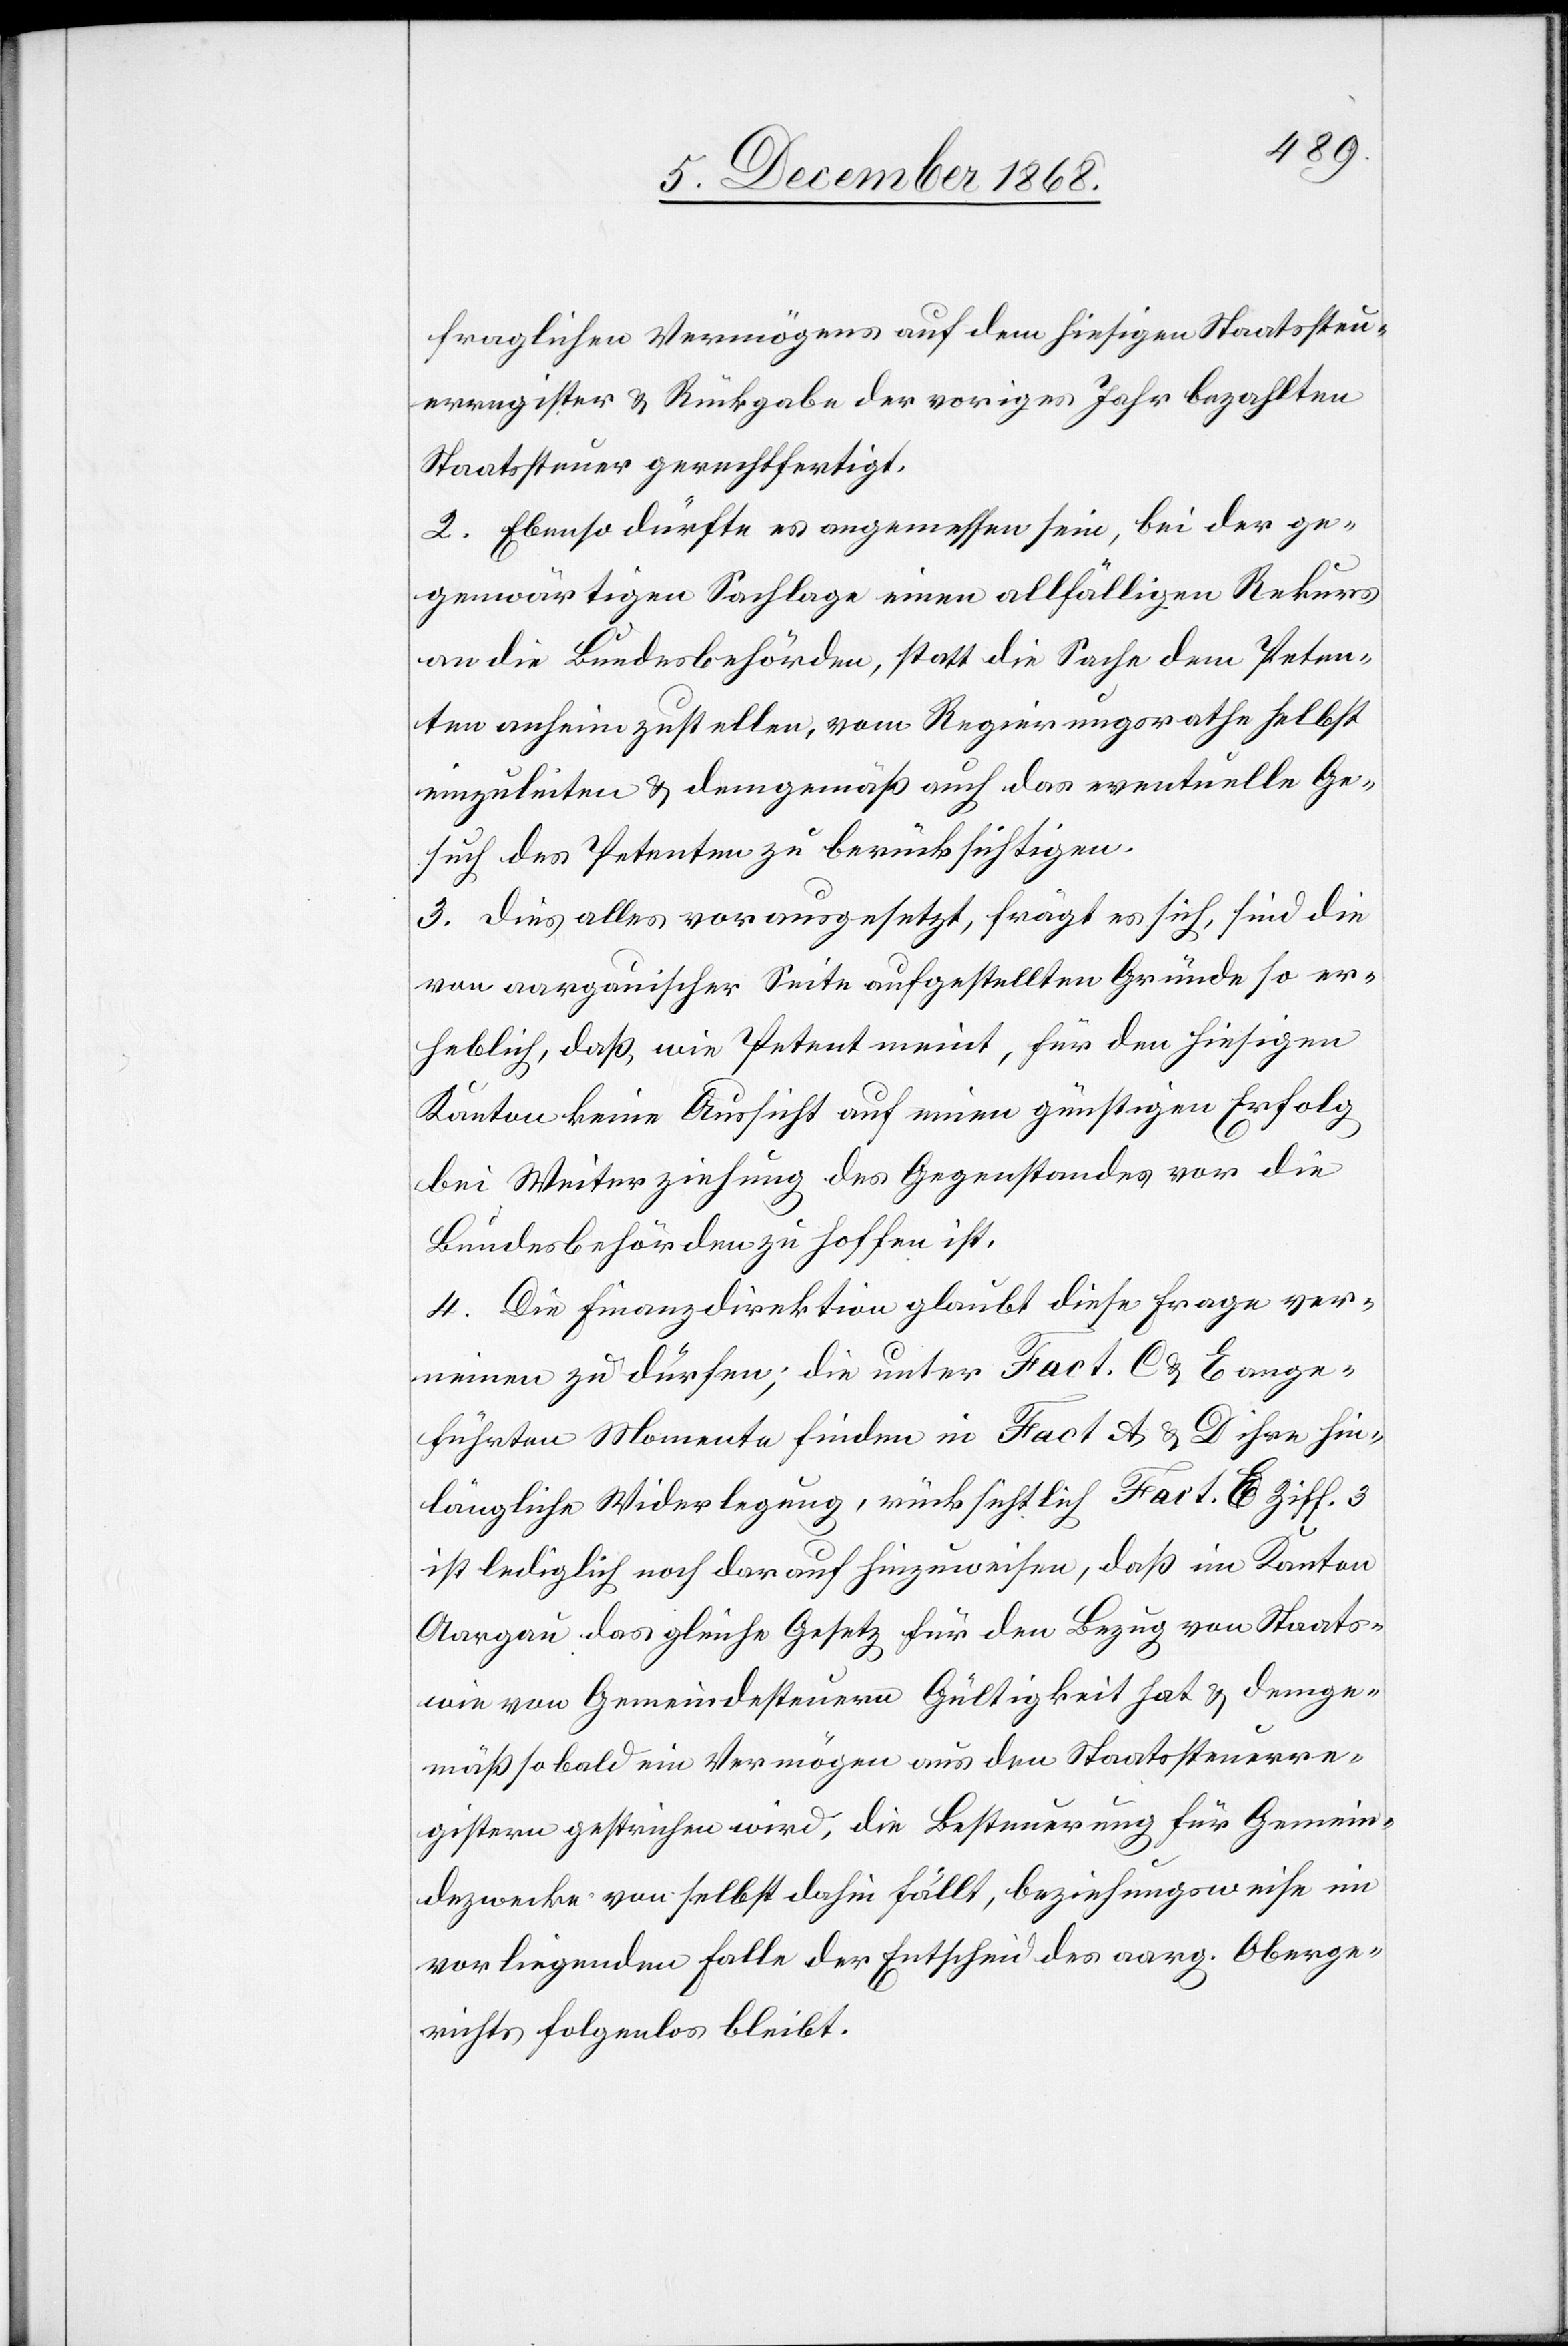
fraglichen Vermögens auf dem hiesigen Staatssteu¬
erregister & Rückgabe der voriges Jahr bezahlten
Staatssteuer gerechtfertigt.
2. Ebenso dürfte es angemessen sein, bei der ge¬
genwärtigen Sachlage einen allfälligen Rekurs
an die Bundesbehörden, statt die Sache dem Peten¬
ten anheimzustellen, vom Regierungsrathe selbst
einzuleiten & demgemäß auch das eventuelle Ge¬
such des Petenten zu berücksichtigen.
3. Dies alles vorausgesetzt, frägt es sich, sind die
von aargauischer Seite aufgestellten Gründe so er¬
heblich, daß, wie Petent meint, für den hiesigen
Kanton keine Aussicht auf einen günstigen Erfolg
bei Weiterziehung des Gegenstandes vor die
Bundesbehörden zu hoffen ist.
4. Die Finanzdirektion glaubt diese Frage ver¬
neinen zu dürfen; die unter Fact. C & E ange¬
führten Momente finden in Fact A & D ihre hin¬
längliche Widerlegung, rücksichtlich Fact. E Ziff. 3
ist lediglich noch darauf hinzuweisen, daß im Kanton
Aargau das gleiche Gesetz für den Bezug von Staats-
wie von Gemeindesteuern Gültigkeit hat & demge¬
mäß sobald ein Vermögen aus den Staatssteuerre¬
gistern gestrichen wird, die Besteuerung für Gemein¬
dezwecke von selbst dahin fällt, beziehungsweise im
vorliegenden Falle der Entscheid des aarg. Oberge¬
richts folgenlos bleibt.